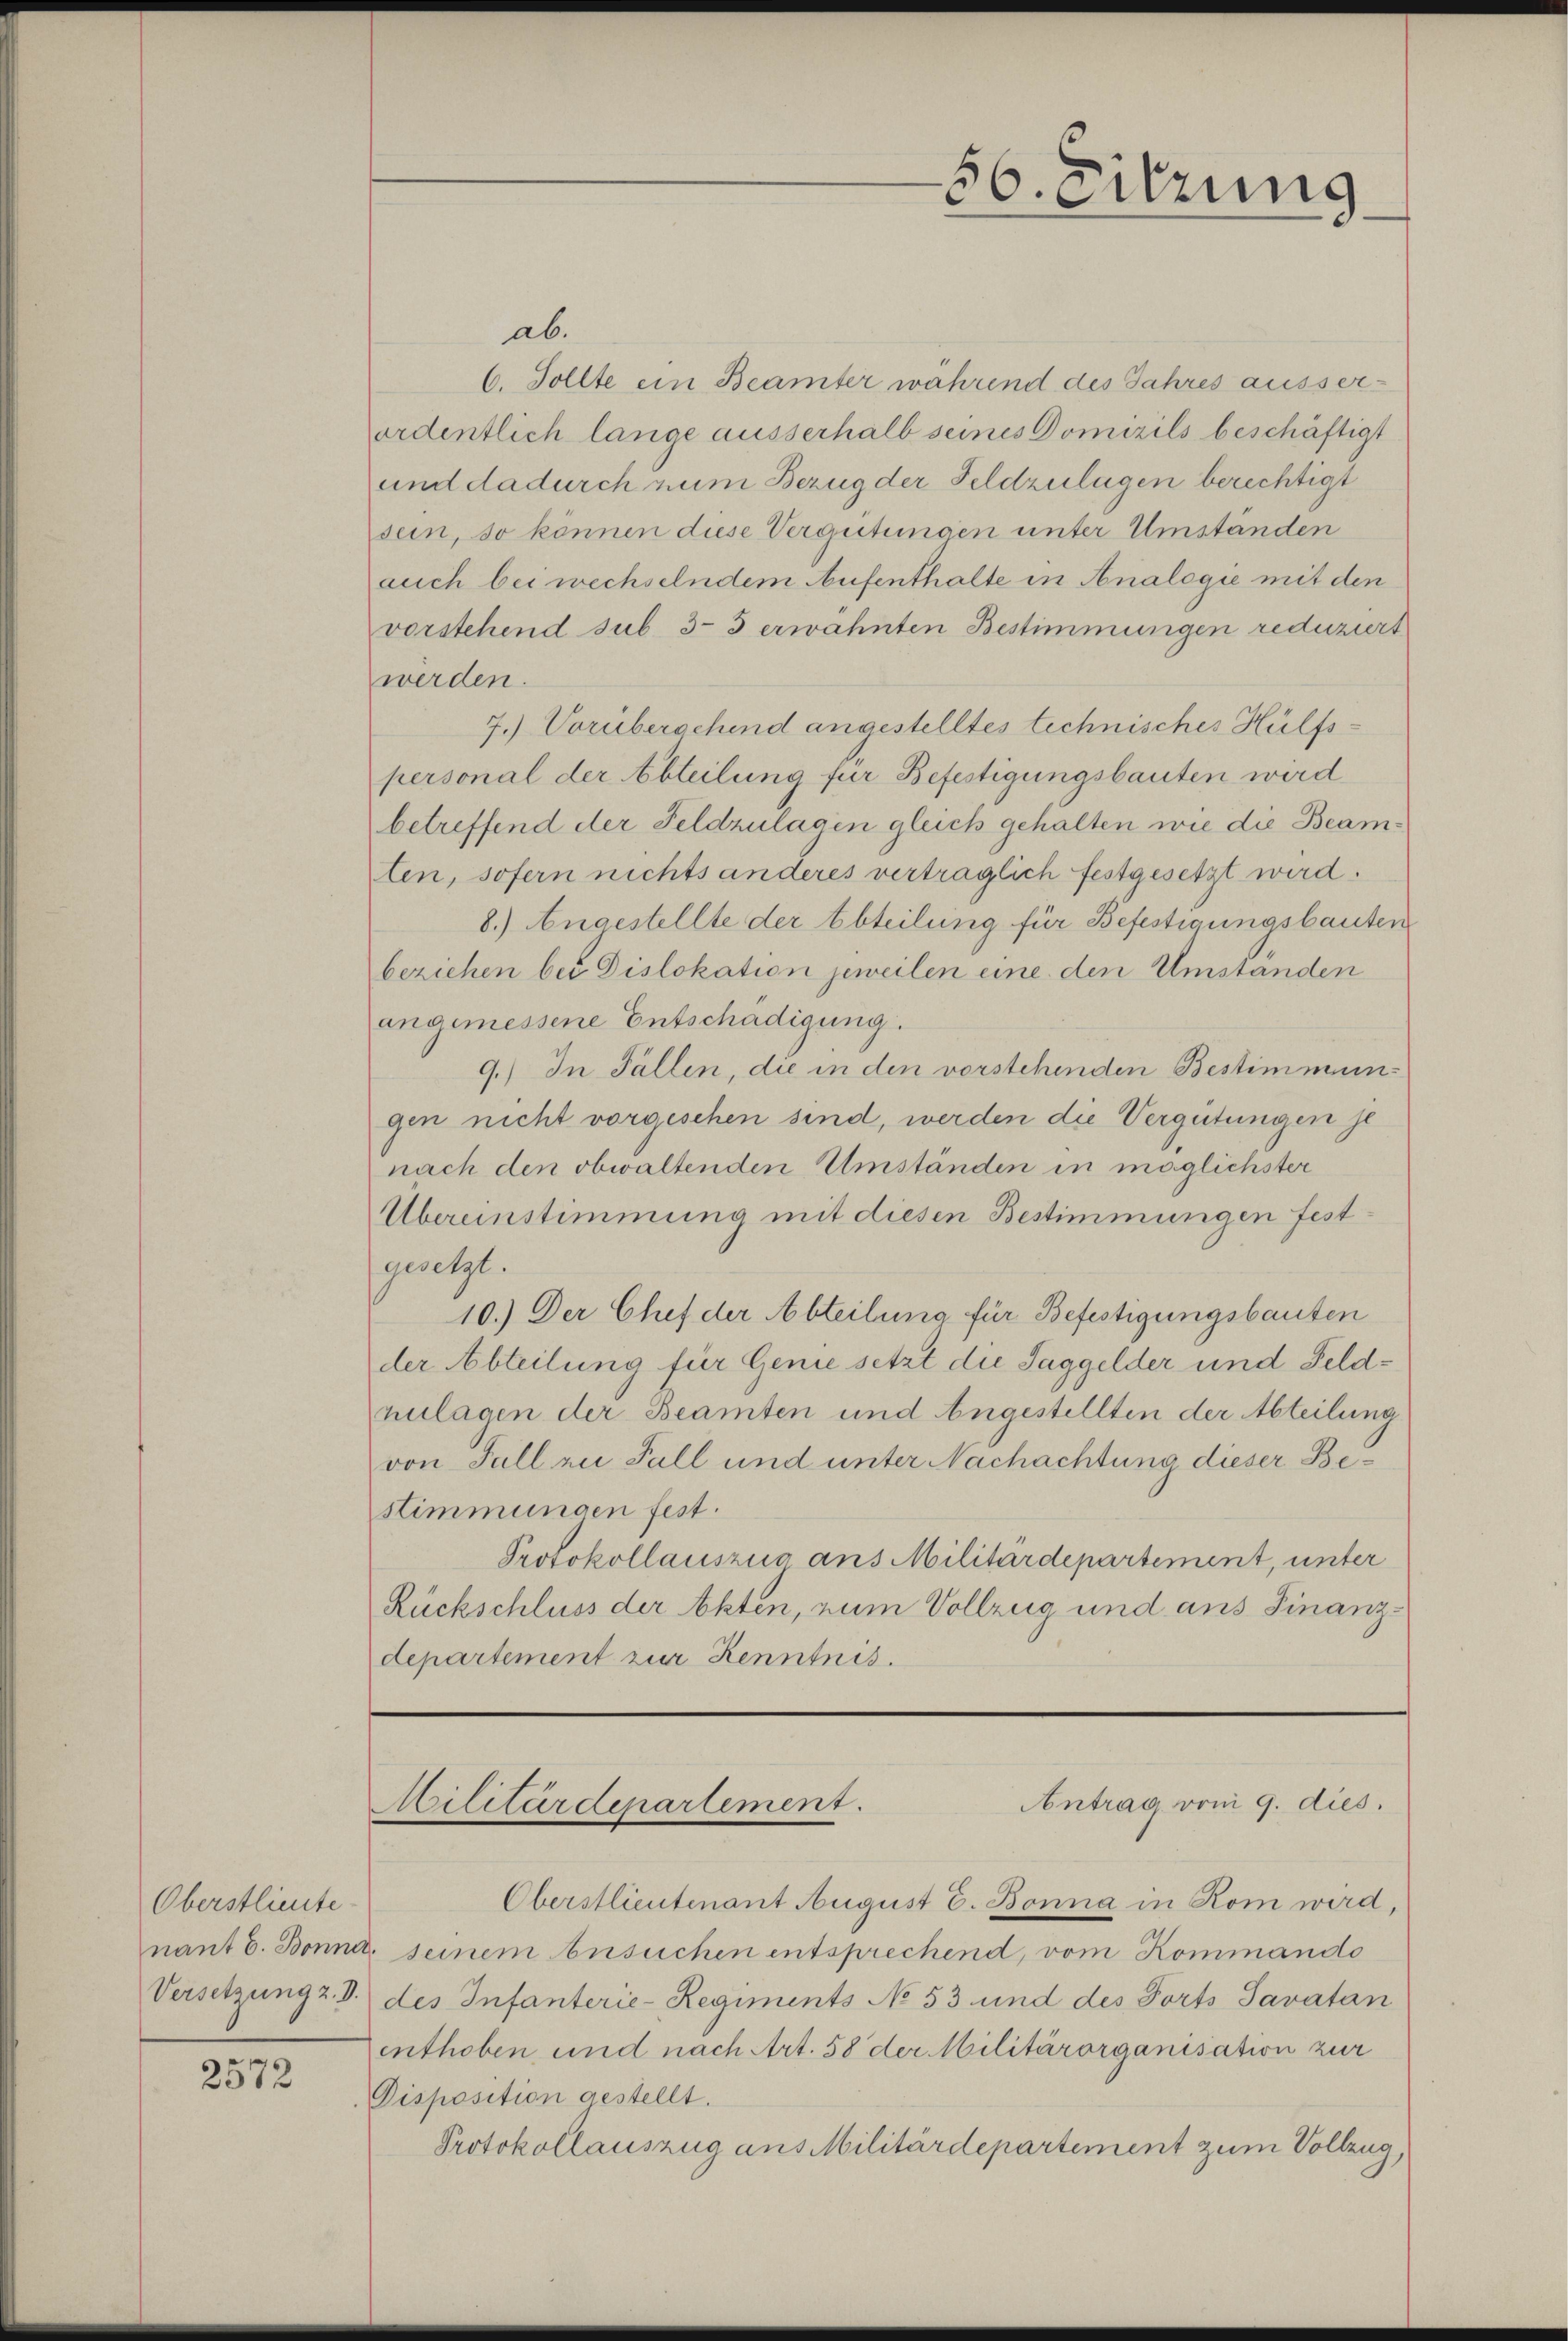
Oberstlieute
nant E. Bonna
Versetzung z. V.

2572

ab.
6. Sollte ein Beamter während des Jahres ausserordentlich lange ausserhalb seines Domizils beschäftigt
und dadurch num Bezug der Feldzulagen berechtigt
sein, so können diese Vergütungen unter Umständen
auch bei wechselndem Aufenthalte in Analogie mit den
vorstehend sub 3-5 erwähnten Bestimmungen reduziert
werden.
7.) Vorübergehend angestelltes technisches Hülfspersonal der Abteilung für Befestigungsbauten werd
betreffend der Feldzulagen gleich gehalten wie die Beamlen, sofern nichts anderes verträglich festgesetzt wird.
8.) Angestellte der Abteilung für Befestigungsbauten
beziehen bei Dislokation jeweilen eine den Umstanden
angemessene Entschädigung.
9.) In Fällen, die in den vorstehenden Bestimmungen nicht vorgeschen sind, werden die Vergütungen je
nach den obwaltenden Umständen in möglichster
Übereinstimmung mit diesen Bestimmungen festgesetzt.
10.) Der Chef der Abteilung für Befestigungsbauten
der Abteilung für Genie setzt die Saggelder und Feldnulagen der Beamten und Angestellten der Abteilung
von Fall zu Fall und unter Nachachtung dieser Bestimmungen fest.
Protokollauszug aus Militärdepartement, unter
Rückschluss der Akten, zum Vollzug und aus Finanzdepartement zur Kenntnis.

Oberstlieutenant August G. Bonna in Rom wird,
2 seinem besuchen entsprechend, vom Kommando
des Infanterie-Regiments No 53 und des Forts Savatan
enthoben und nach Art. 58 der Militärorganisation zur
Disposition gestellt.
Protokollauszug aus Militärdepartement zum Vollzug,

56. uns

Antrag vom 9. dies
Militärdepartement.